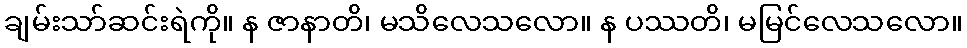
ချမ်းသာ်ဆင်းရဲကို။ န ဇာနာတိ၊ မသိလေသလော။ န ပဿတိ၊ မမြင်လေသလော။